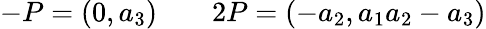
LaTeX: -P=(0,a_{3})\; \; \; \; \; \; \; 2P=(-a_{2},a_{1}a_{2}-a_{3})